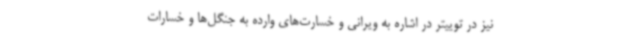
نیز در توییتر در اشاره به ویرانی و خسارت‌های وارده به جنگل‌ها و خسارات